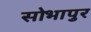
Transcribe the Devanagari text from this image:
सोभापुर